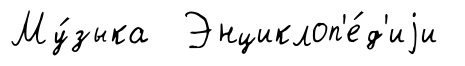
Му́зыка Энциклоп'е́д'иjи